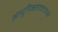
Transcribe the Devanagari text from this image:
आधुनिकतावादामध्ये